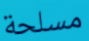
مسلحة